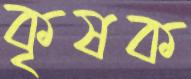
কৃষক